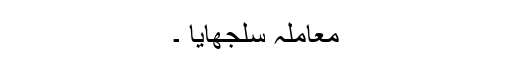
معاملہ سلجھایا ۔